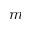
m